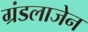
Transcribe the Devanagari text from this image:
ग्रंडलाजेन